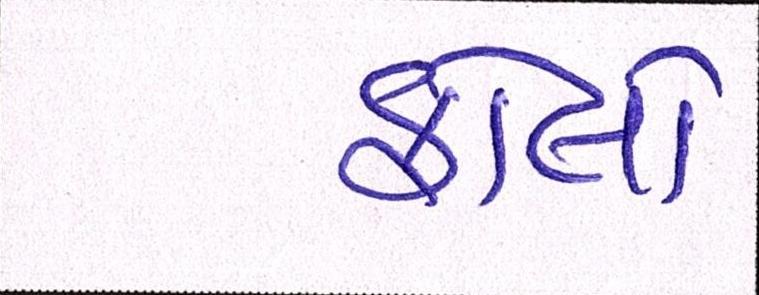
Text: ફોલો